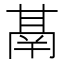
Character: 𮫙